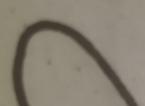
Signature authenticity: forged